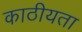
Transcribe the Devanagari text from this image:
काठीयता